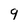
Character: 9